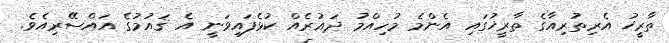
ތާރީޚު އެރިތުރިއާގެ ތާރީޚުގައި އެންމެ މުހިއްމު ދައުރެއް ކުޅެފައިވަނީ އެ ޤައުމުގެ އައްސޭރިއެވެ.